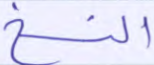
النسخ